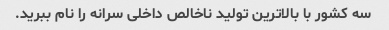
سه کشور با بالاترین تولید ناخالص داخلی سرانه را نام ببرید.